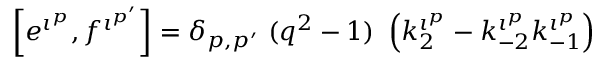
\left[ e ^ { \iota ^ { p } } , f ^ { \iota ^ { p ^ { \prime } } } \right] = \delta _ { p , { p ^ { \prime } } } ~ ( q ^ { 2 } - 1 ) ~ \left( k _ { 2 } ^ { \iota ^ { p } } - k _ { - 2 } ^ { \iota ^ { p } } k _ { - 1 } ^ { \iota ^ { p } } \right)